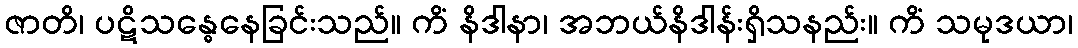
ဇာတိ၊ ပဋိသန္ဓေနေခြင်းသည်။ ကိံ နိဒါနာ၊ အဘယ်နိဒါန်းရှိသနည်း။ ကိံ သမုဒယာ၊